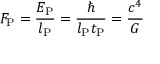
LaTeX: F _ { \mathrm { P } } = { \frac { E _ { \mathrm { P } } } { l _ { \mathrm { P } } } } = { \frac { \hbar } { l _ { \mathrm { P } } t _ { \mathrm { P } } } } = { \frac { c ^ { 4 } } { G } }